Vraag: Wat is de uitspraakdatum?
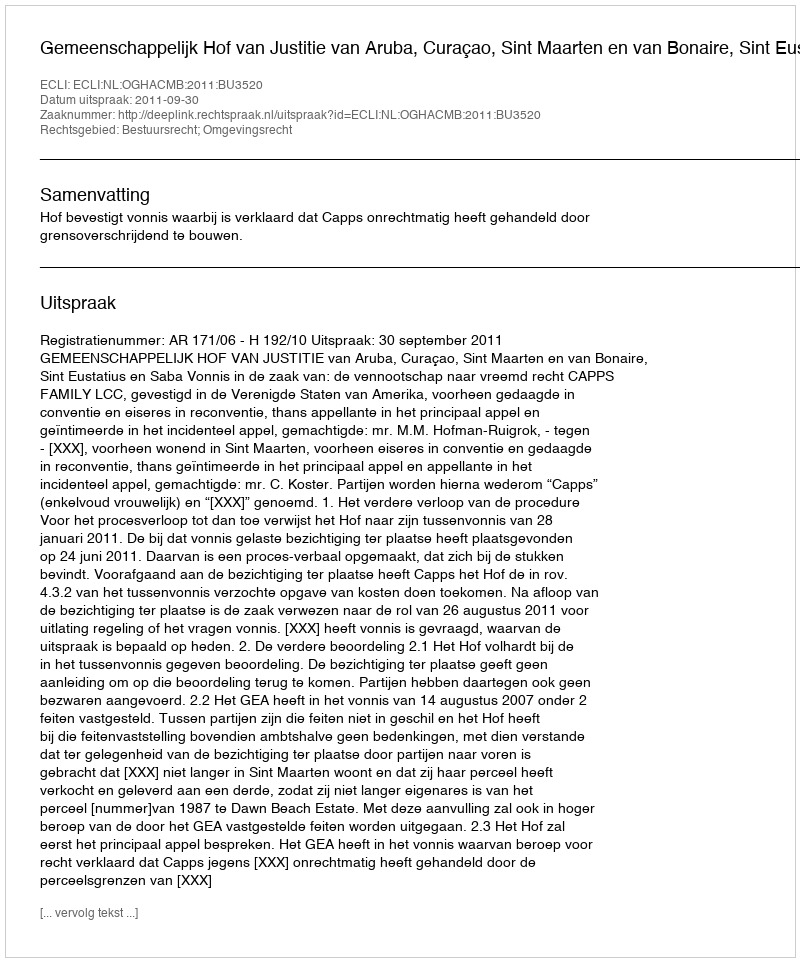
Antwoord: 2011-09-30